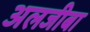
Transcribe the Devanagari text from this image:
अलजीबा